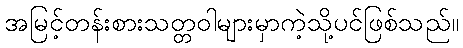
အမြင့်တန်းစားသတ္တဝါများမှာကဲ့သို့ပင်ဖြစ်သည်။